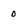
Character: 0